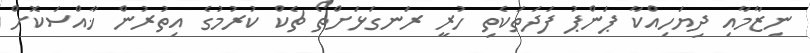
ނިޒާމާއި ދިޔަހިއްކާ ޕަންޕު ފަދަތަކެތި ހުރީ ރަނގަޅަށްތޯ ޗެކް ކުރުމުގެ އިތުރުން ޚާއްސަކޮށް